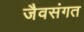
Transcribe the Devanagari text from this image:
जैवसंगत